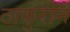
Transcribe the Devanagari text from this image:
ठाकुराने